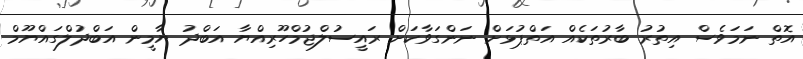
އޮތް ނަމަވެސް އިތުރު ބާރުތަކެއް އަތްޕުޅަށް ނަންގަވާކަށް ރައީސުލްޖުމްހޫރިއްޔާ އަބްދު ޔާމީން އަބްދުލްގައްޔޫމް